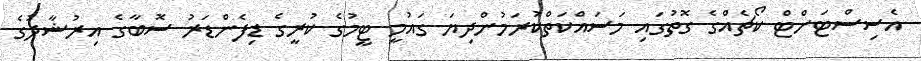
އެސިސްޓަންޓް ކޯޗެއްގެ ގޮތުގައި މަސައްކަތްކުރަމުންދިޔަ ގައުމީ ޓީމުގެ ކުރީގެ ޑިފެންޑަރު ސޮބާގެ އިރުޝާދުގެ